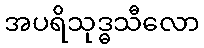
အပရိသုဒ္ဓသီလော